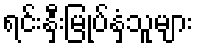
ရင်းနှီးမြုပ်နှံသူများ